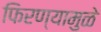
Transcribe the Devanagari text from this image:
फिरण्यामुळे